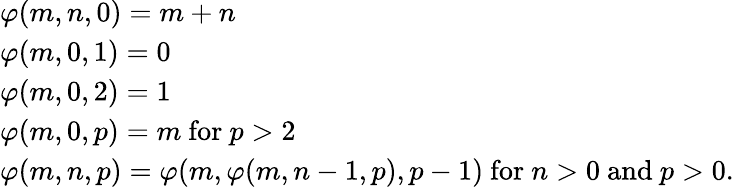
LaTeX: \begin{array}{lr}{\varphi(m,n,0)=m+n}\\ {\varphi(m,0,1)=0}\\ {\varphi(m,0,2)=1}\\ {\varphi(m,0,p)=m{\mathrm{~for~}}p>2}\\ {\varphi(m,n,p)=\varphi(m,\varphi(m,n-1,p),p-1){\mathrm{~for~}}n>0{\mathrm{~and~}}p>0.}\end{array}